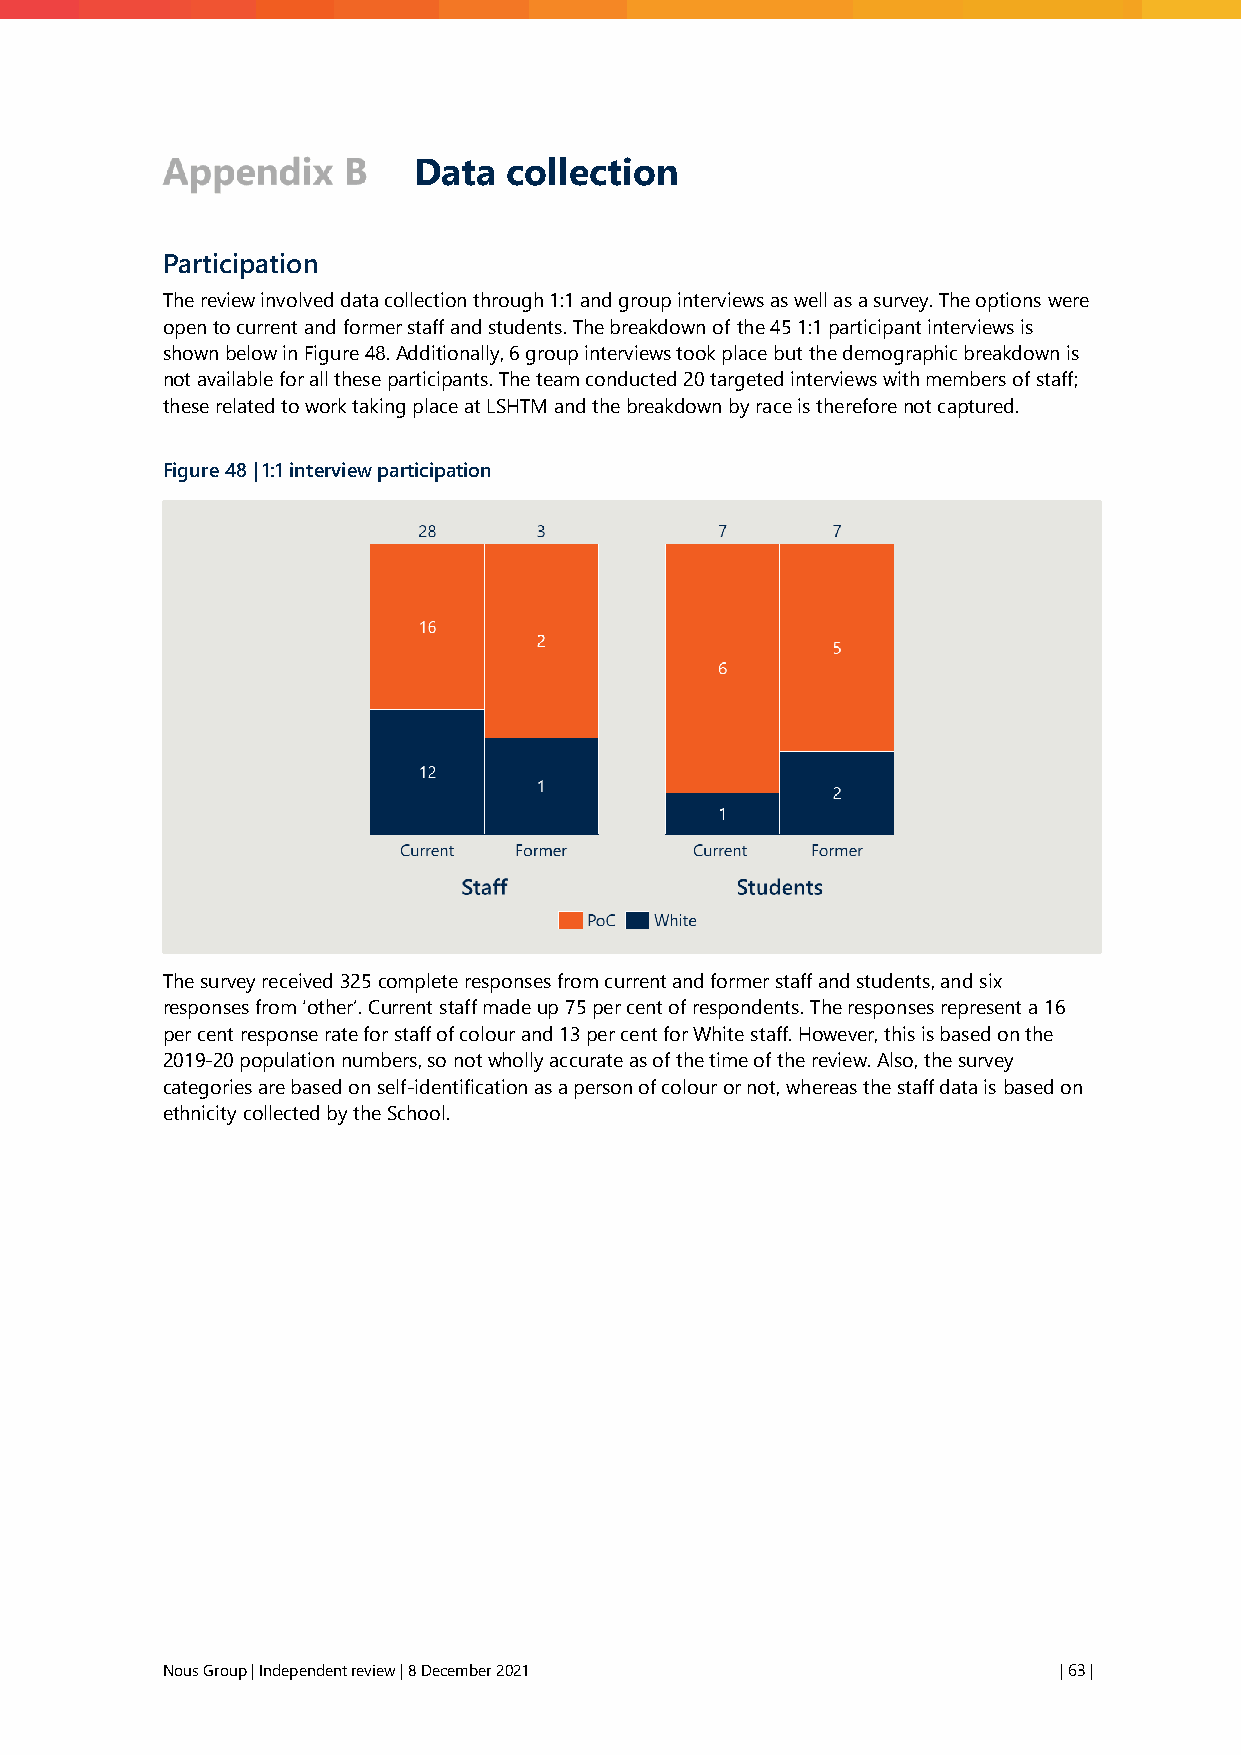
Data   collection
 Participation
 The review involved data collection through 1:1 and group interviews as well as a survey. The options were
 open to current and former staff and students. The breakdown of the 45 1:1 participant interviews is
 shown below in Figure 48. Additionally, 6 group interviews took place but the demographic breakdown is
 not available for all these participants. The team conducted 20 targeted interviews with members of staff;
 these related to work taking place at LSHTM and the breakdown by race is therefore not captured.
 Figure 48 | 1:1 interview participation
 The survey received 325 complete responses from current and former staff and students, and six
 responses from ‘other’. Current staff made up 75 per cent of respondents. The responses represent a 16
 per cent response rate for staff of colour and 13 per cent for White staff. However, this is based on the
 2019-20 population numbers, so not wholly accurate as of the time of the review. Also, the survey
 categories are based on self-identification as a person of colour or not, whereas the staff data is based on
 ethnicity collected by the School.
 Nous Group | Independent review | 8 December 2021          | 63 |